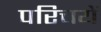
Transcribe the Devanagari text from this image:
परिचयें